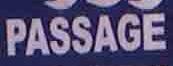
passage